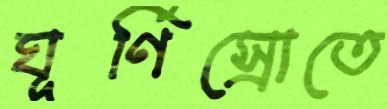
ঘূর্ণিস্রোতে